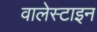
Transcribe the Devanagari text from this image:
वालेस्टाइन